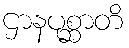
ဌာနပုစ္ဆာတိ